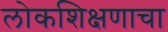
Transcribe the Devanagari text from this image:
लोकशिक्षणाचा